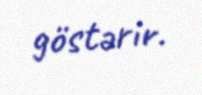
göstərir.